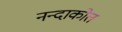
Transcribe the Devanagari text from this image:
नन्दाकोत